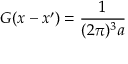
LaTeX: G ( x - x ^ { \prime } ) = \frac { 1 } { ( 2 \pi ) ^ { 3 } a }